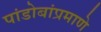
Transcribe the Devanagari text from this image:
पांडोबांप्रमाणे